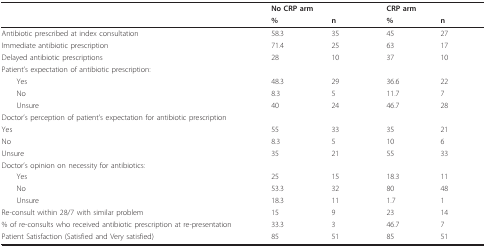
<table><thead><tr><td></td><td colspan="2"><b>No CRP arm</b></td><td colspan="2"><b>CRP arm</b></td></tr><tr><td></td><td><b>%</b></td><td><b>n</b></td><td><b>%</b></td><td><b>n</b></td></tr></thead><tbody><tr><td>Antibiotic prescribed at index consultation</td><td>58.3</td><td>35</td><td>45</td><td>27</td></tr><tr><td>Immediate antibiotic prescription</td><td>71.4</td><td>25</td><td>63</td><td>17</td></tr><tr><td>Delayed antibiotic prescriptions</td><td>28</td><td>10</td><td>37</td><td>10</td></tr><tr><td>Patient&#x27;s expectation of antibiotic prescription:</td><td></td><td></td><td></td><td></td></tr><tr><td> Yes</td><td>48.3</td><td>29</td><td>36.6</td><td>22</td></tr><tr><td> No</td><td>8.3</td><td>5</td><td>11.7</td><td>7</td></tr><tr><td> Unsure</td><td>40</td><td>24</td><td>46.7</td><td>28</td></tr><tr><td>Doctor&#x27;s perception of patient&#x27;s expectation for antibiotic prescription</td><td></td><td></td><td></td><td></td></tr><tr><td>Yes</td><td>55</td><td>33</td><td>35</td><td>21</td></tr><tr><td>No</td><td>8.3</td><td>5</td><td>10</td><td>6</td></tr><tr><td>Unsure</td><td>35</td><td>21</td><td>55</td><td>33</td></tr><tr><td>Doctor&#x27;s opinion on necessity for antibiotics:</td><td></td><td></td><td></td><td></td></tr><tr><td> Yes</td><td>25</td><td>15</td><td>18.3</td><td>11</td></tr><tr><td> No</td><td>53.3</td><td>32</td><td>80</td><td>48</td></tr><tr><td> Unsure</td><td>18.3</td><td>11</td><td>1.7</td><td>1</td></tr><tr><td>Re-consult within 28/7 with similar problem</td><td>15</td><td>9</td><td>23</td><td>14</td></tr><tr><td>% of re-consults who received antibiotic prescription at re-presentation</td><td>33.3</td><td>3</td><td>46.7</td><td>7</td></tr><tr><td>Patient Satisfaction (Satisfied and Very satisfied)</td><td>85</td><td>51</td><td>85</td><td>51</td></tr></tbody></table>